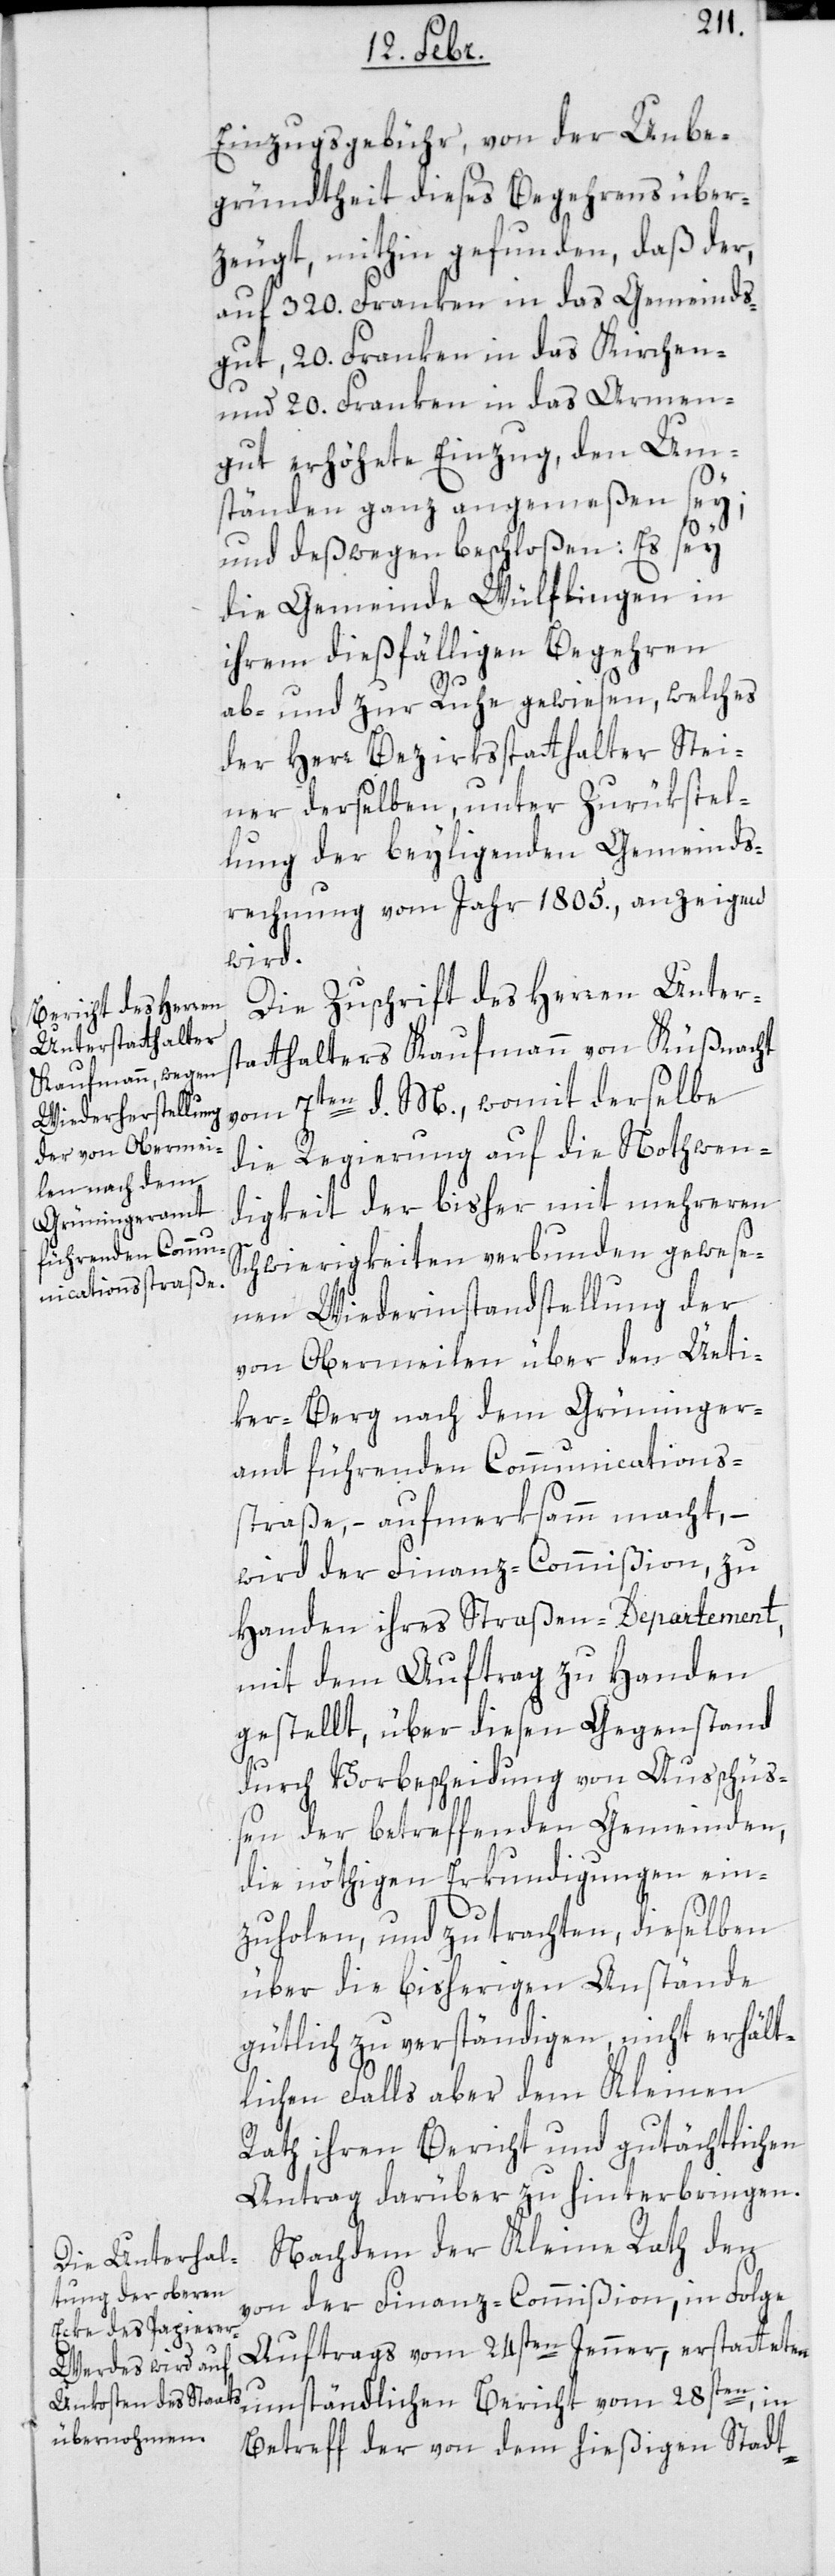
Einzugsgebühr, von der Unbe¬
gründtheit dieses Begehrens über¬
zeugt, mithin gefunden, daß der
auf 320. Franken in das Gemeinds¬
gut, 20. Franken in das Kirchen-
und 20. Franken in das Armen¬
gut erhöhete Einzug, den Um¬
ständen ganz angemeßen sey;
und deßwegen beschloßen: Es sey
die Gemeinde Wülflingen in
ihrem dießfälligen Begehren
ab- und zur Ruhe gewiesen, welches
der Herr Bezirksstatthalter Stei¬
ner derselben, unter Zurükstel¬
lung der beyliegenden Gemeinds¬
rechnung vom Jahr 1805, anzeigen
wird.
Die Zuschrift des Herren Unter¬
statthalters Kaufmann von Küßnacht
vom 7ten d. M., womit derselbe
die Regierung auf die Nothwen¬
digkeit der bisher mit mehreren
Schwierigkeiten verbunden gewese¬
nen Wieder-Instandstellung der
von Obermeilen über den Üeti¬
ker-Berg nach dem Grüninger¬
amt führenden Communications-S¬
traße, – aufmerksamm macht, –
wird der Finanz-Commißion zu
Handen ihres Straßen-Departement,
mit dem Auftrag zu Handen
gestellt, über diesen Gegenstand
durch Vorbescheidung von Außchüs¬
sen der betreffenden Gemeinden,
die nöthigen Erkundigungen ein¬
zuholen und zu trachten, dieselben
über die bisherige Anstände
gütlich zu verständigen, nicht erhält¬
lichen Falls aber dem Kleinen
Rath ihren Bericht und gutächtlichen
Antrag darüber zu hinterbringen.
Nachdem der Kleine Rathden
von der Finanz-Commißion, in Folge
Auftrags vom 24sten Jenner, erstatteten
umständlichen Bericht vom 28sten, in
Betreff der von dem hießigen Stadt-